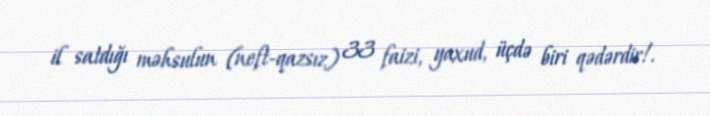
il satdığı məhsulun (neft-qazsız) 33 faizi, yaxud, üçdə biri qədərdir!.